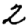
Digit: 2